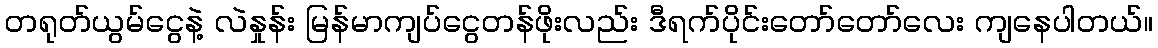
တရုတ်ယွမ်ငွေနဲ့ လဲနှုန်း မြန်မာကျပ်ငွေတန်ဖိုးလည်း ဒီရက်ပိုင်းတော်တော်လေး ကျနေပါတယ်။